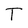
Character: T